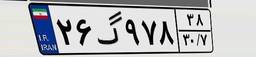
۲۶گ۹۷۸۳۸